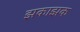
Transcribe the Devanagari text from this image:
झकाझक